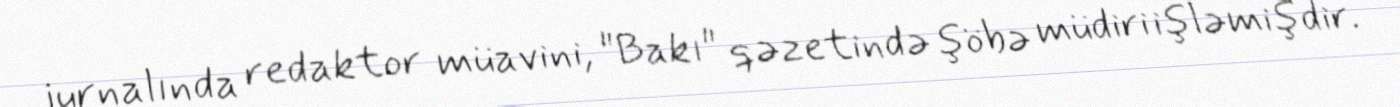
jurnalında redaktor müavini, "Bakı" qəzetində şöbə müdiri işləmişdir.